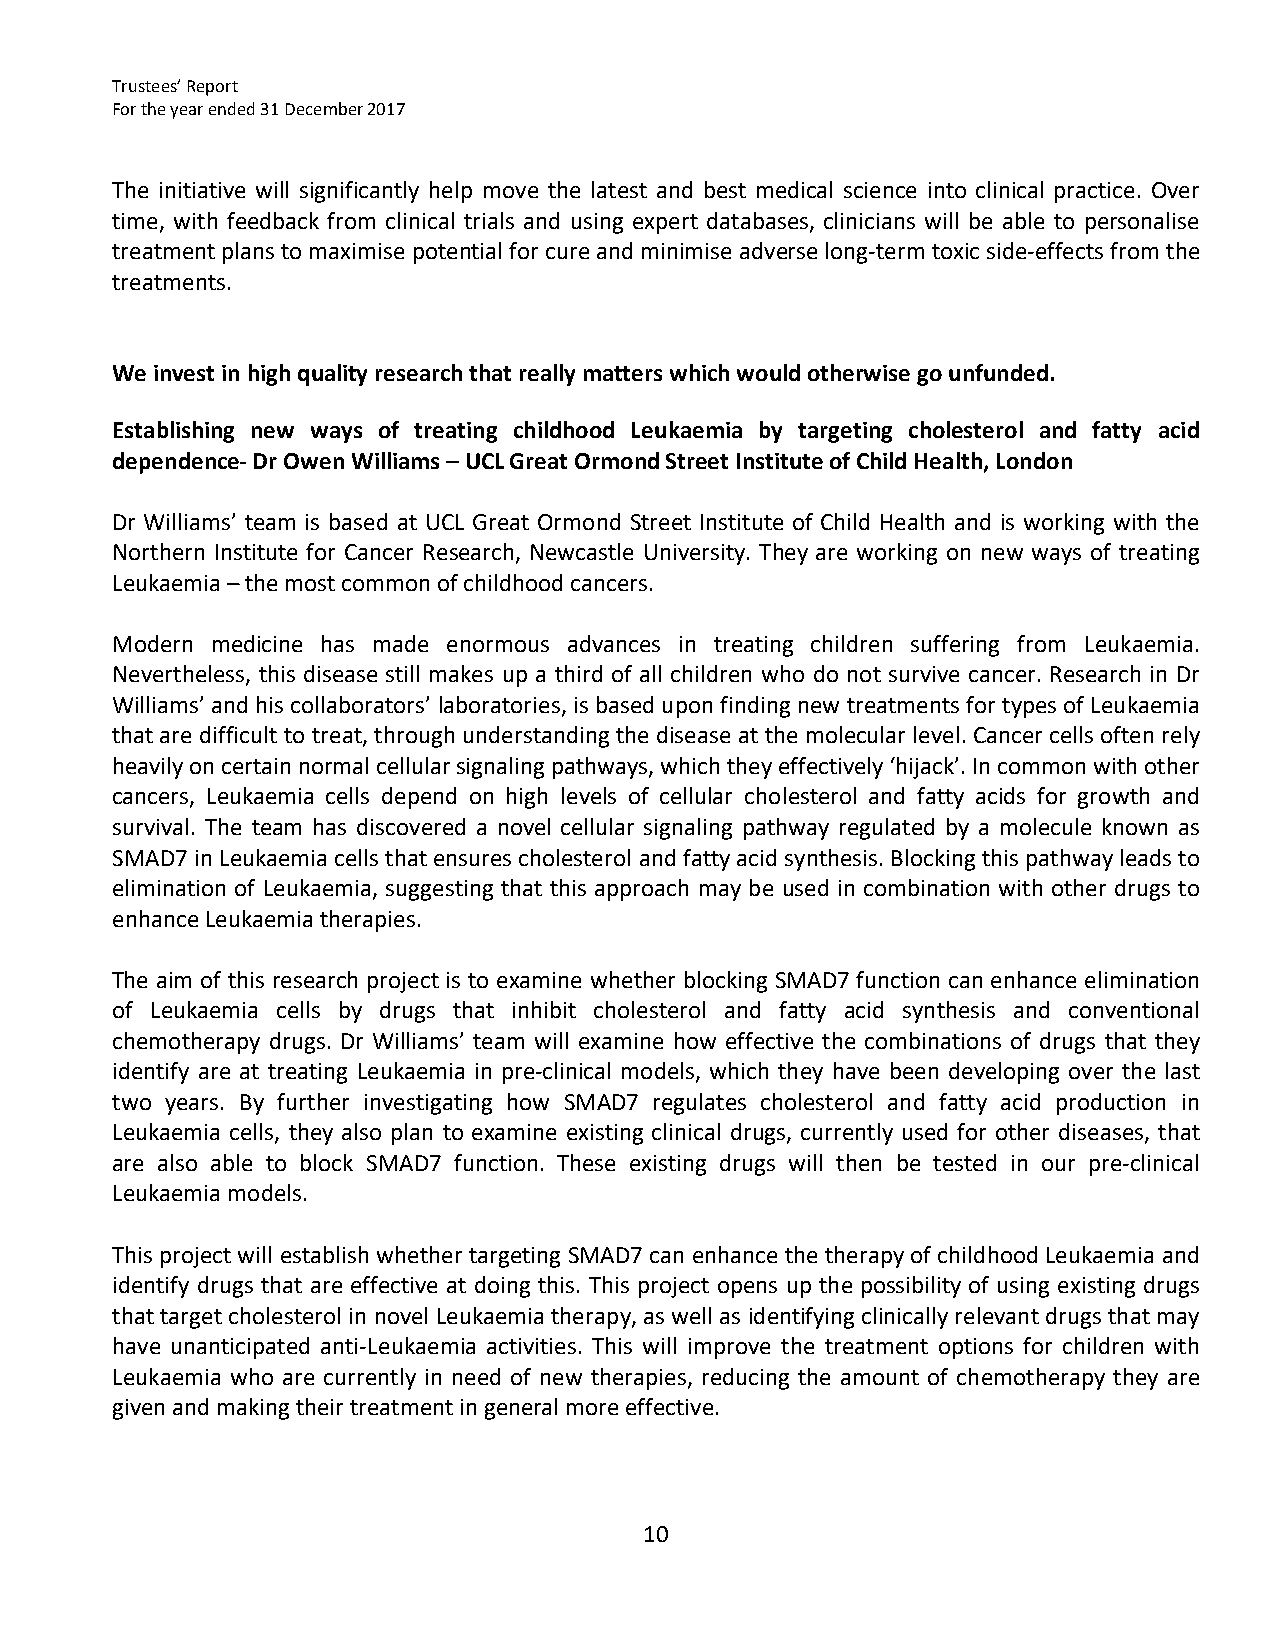
Trustees’ Report
 For the year ended 31 December 2017
 The initiative will significantly help move the latest and best medical science into clinical practice. Over
 time, with feedback from clinical trials and using expert databases, clinicians will be able to personalise
 treatment plans to maximise potential for cure and minimise adverse long‐term toxic side‐effects from the
 treatments.
 We invest in high quality research that really matters which would otherwise go unfunded.
 Establishing new ways of treating childhood Leukaemia by targeting cholesterol and fatty acid
 dependence‐ Dr Owen Williams – UCL Great Ormond Street Institute of Child Health, London
 Dr Williams’ team is based at UCL Great Ormond Street Institute of Child Health and is working with the
 Northern Institute for Cancer Research, Newcastle University. They are working on new ways of treating
 Leukaemia – the most common of childhood cancers.
 Modern medicine has made enormous advances in treating children suffering from Leukaemia.
 Nevertheless, this disease still makes up a third of all children who do not survive cancer. Research in Dr
 Williams’ and his collaborators’ laboratories, is based upon finding new treatments for types of Leukaemia
 that are difficult to treat, through understanding the disease at the molecular level. Cancer cells often rely
 heavily on certain normal cellular signaling pathways, which they effectively ‘hijack’. In common with other
 cancers, Leukaemia cells depend on high levels of cellular cholesterol and fatty acids for growth and
 survival. The team has discovered a novel cellular signaling pathway regulated by a molecule known as
 SMAD7 in Leukaemia cells that ensures cholesterol and fatty acid synthesis. Blocking this pathway leads to
 elimination of Leukaemia, suggesting that this approach may be used in combination with other drugs to
 enhance Leukaemia therapies.
 The aim of this research project is to examine whether blocking SMAD7 function can enhance elimination
 of Leukaemia cells by drugs that inhibit cholesterol and fatty acid synthesis and conventional
 chemotherapy drugs. Dr Williams’ team will examine how effective the combinations of drugs that they
 identify are at treating Leukaemia in pre‐clinical models, which they have been developing over the last
 two years. By further investigating how SMAD7 regulates cholesterol and fatty acid production in
 Leukaemia cells, they also plan to examine existing clinical drugs, currently used for other diseases, that
 are also able to block SMAD7 function. These existing drugs will then be tested in our pre‐clinical
 Leukaemia models.
 This project will establish whether targeting SMAD7 can enhance the therapy of childhood Leukaemia and
 identify drugs that are effective at doing this. This project opens up the possibility of using existing drugs
 that target cholesterol in novel Leukaemia therapy, as well as identifying clinically relevant drugs that may
 have unanticipated anti‐Leukaemia activities. This will improve the treatment options for children with
 Leukaemia who are currently in need of new therapies, reducing the amount of chemotherapy they are
 given and making their treatment in general more effective.
 10